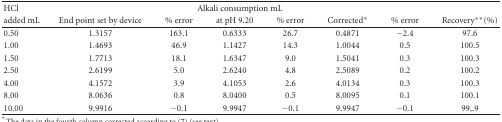
<table><thead><tr><td><b>HCl</b></td><td colspan="6"><b>Alkali consumption mL</b></td><td></td></tr><tr><td><b>added mL</b></td><td><b>End point set by device</b></td><td><b>% error</b></td><td><b>at pH 9.20</b></td><td><b>% error</b></td><td><b>Corrected*</b></td><td><b>% error</b></td><td><b>Recovery**(%)</b></td></tr></thead><tbody><tr><td>0.50</td><td>1.3157</td><td>163.1</td><td>0.6333</td><td>26.7</td><td>0.4871</td><td>−2.4</td><td>97.6</td></tr><tr><td>1.00</td><td>1.4693</td><td>46.9</td><td>1.1427</td><td>14.3</td><td>1.0044</td><td>0.5</td><td>100.5</td></tr><tr><td>1.50</td><td>1.7713</td><td>18.1</td><td>1.6347</td><td>9.0</td><td>1.5041</td><td>0.3</td><td>100.3</td></tr><tr><td>2.50</td><td>2.6199</td><td>5.0</td><td>2.6240</td><td>4.8</td><td>2.5089</td><td>0.2</td><td>100.2</td></tr><tr><td>4.00</td><td>4.1572</td><td>3.9</td><td>4.1053</td><td>2.6</td><td>4.0134</td><td>0.3</td><td>100.3</td></tr><tr><td>8.00</td><td>8.0636</td><td>0.8</td><td>8.0400</td><td>0.5</td><td>8.0095</td><td>0.1</td><td>100.1</td></tr><tr><td>10.00</td><td>9.9916</td><td>−0.1</td><td>9.9947</td><td>−0.1</td><td>9.9947</td><td>−0.1</td><td>99,.9</td></tr></tbody></table>